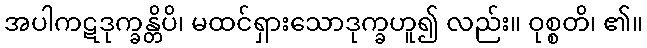
အပါကဋဒုက္ခန္တိပိ၊ မထင်ရှားသောဒုက္ခဟူ၍ လည်း။ ဝုစ္စတိ၊ ၏။